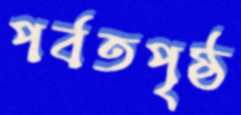
পর্বতপৃষ্ঠ